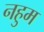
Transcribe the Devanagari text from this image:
नहुम